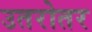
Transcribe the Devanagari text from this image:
उतरोतर